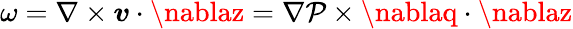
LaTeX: \omega=\nabla\times\boldsymbol{v}\cdot\nablaz=\nabla\mathcal{P}\times\nablaq\cdot\nablaz